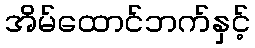
အိမ်ထောင်ဘက်နှင့်